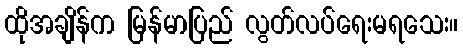
ထိုအချိန်က မြန်မာပြည် လွတ်လပ်ရေးမရသေး။